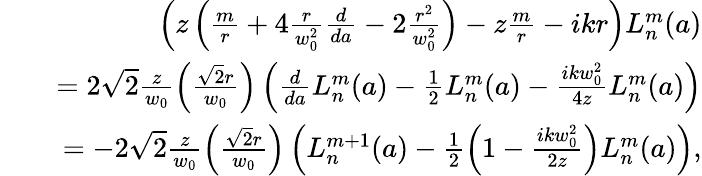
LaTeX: \begin{array}{rlr}&{}&{\left(z\left(\frac{m}{r}+4\frac{r}{w_{0}^{2}}\frac{d}{da}-2\frac{r^{2}}{w_{0}^{2}}\right)-z\frac{m}{r}-ikr\right)L_{n}^{m}(a)}\\ &{}&{=2\sqrt{2}\frac{z}{w_{0}}\left(\frac{\sqrt{2}r}{w_{0}}\right)\left(\frac{d}{da}L_{n}^{m}(a)-\frac{1}{2}L_{n}^{m}(a)-\frac{ikw_{0}^{2}}{4z}L_{n}^{m}(a)\right)}\\ &{}&{=-2\sqrt{2}\frac{z}{w_{0}}\left(\frac{\sqrt{2}r}{w_{0}}\right)\left(L_{n}^{m+1}(a)-\frac{1}{2}\left(1-\frac{ikw_{0}^{2}}{2z}\right)L_{n}^{m}(a)\right),}\end{array}